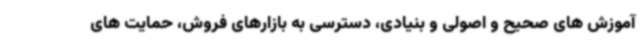
آموزش های صحیح و اصولی و بنیادی، دسترسی به بازارهای فروش، حمایت های